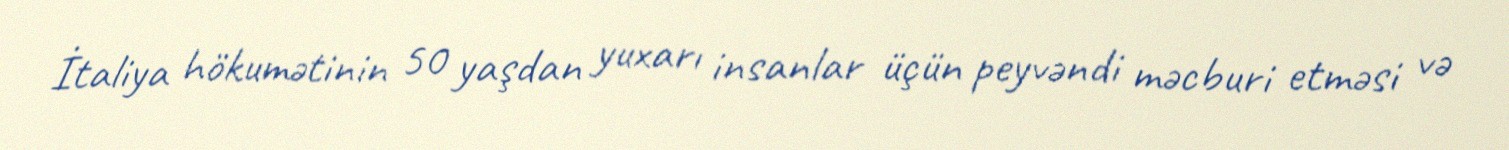
İtaliya hökumətinin 50 yaşdan yuxarı insanlar üçün peyvəndi məcburi etməsi və